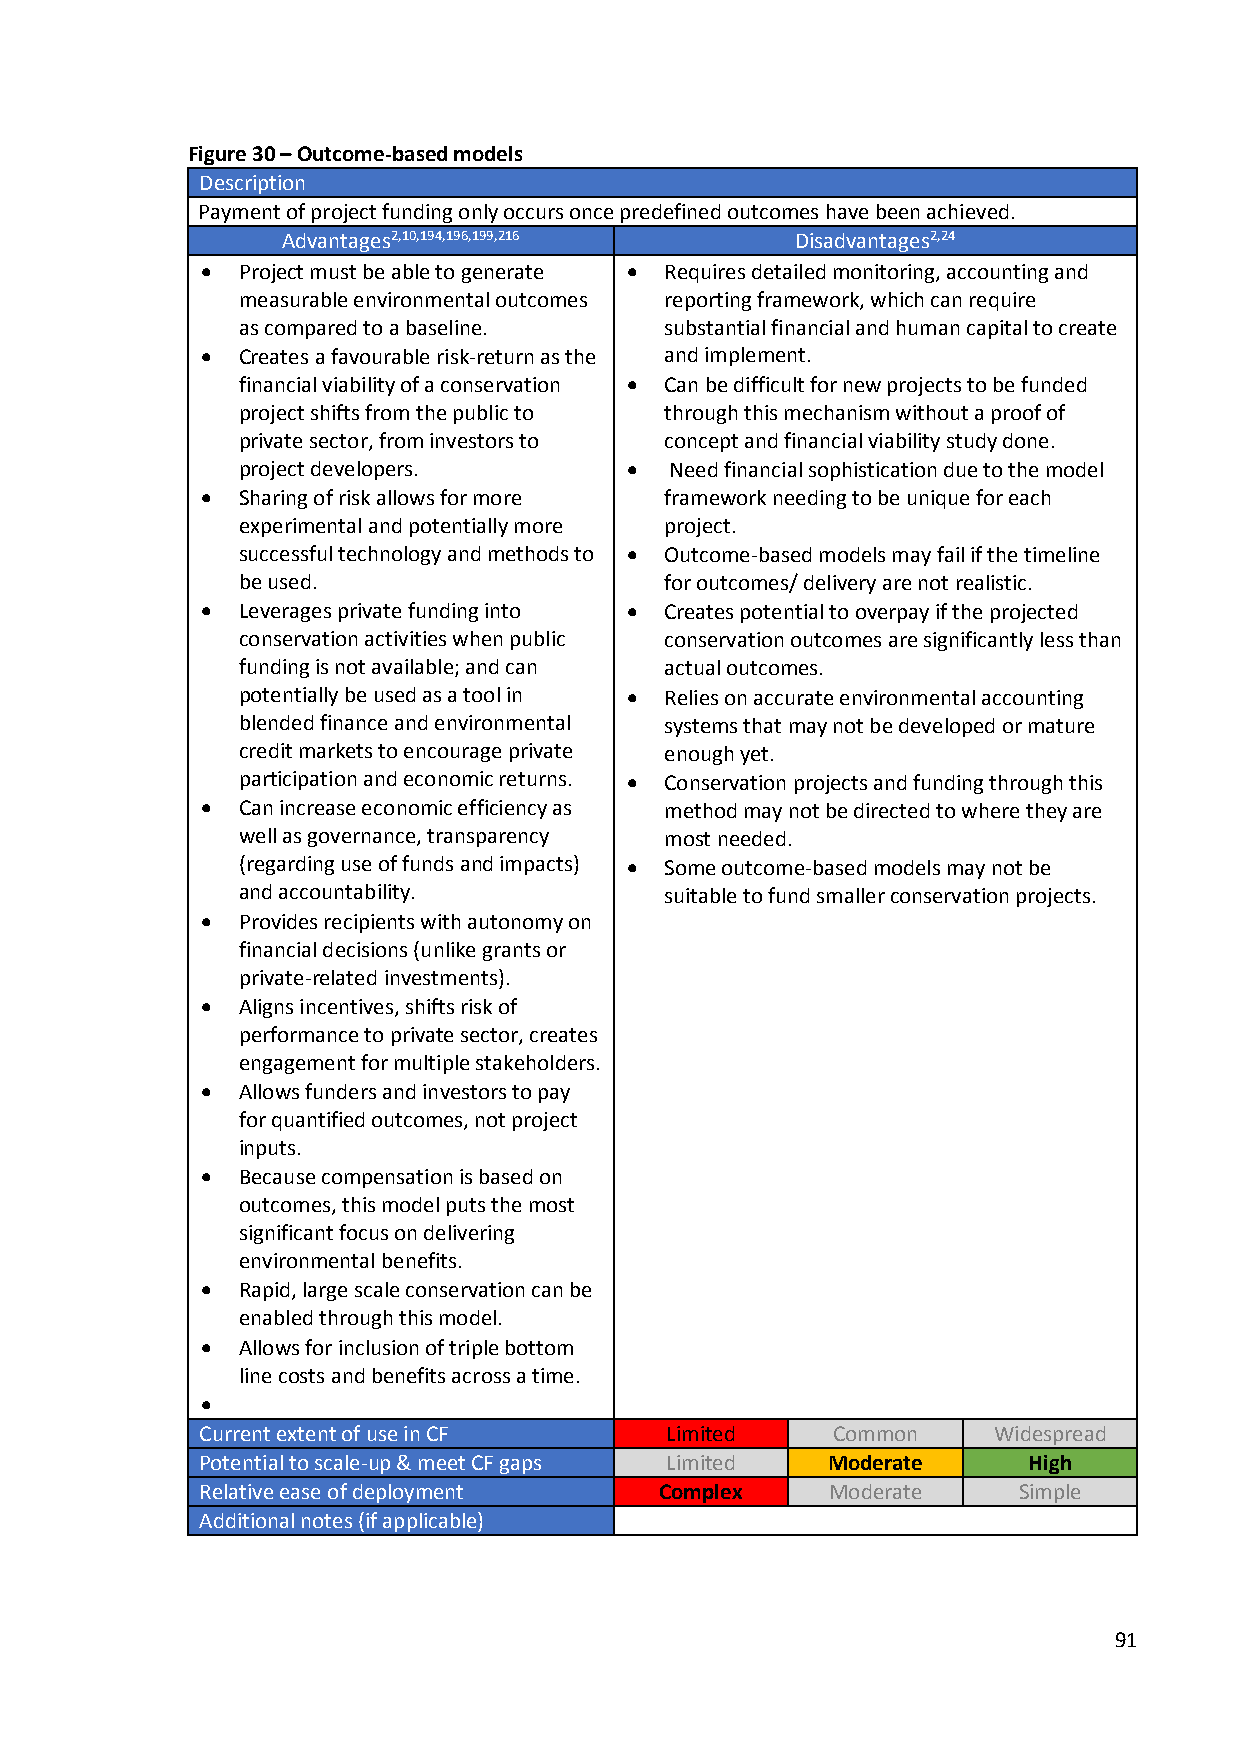
Figure 30 – Outcome-based models
 Description
 Payment of project funding only occurs once predefined outcomes have been achieved.
 Advantages2,10,194,196,199,216    Disadvantages2,24
   Project must be able to generate  Requires detailed monitoring, accounting and
 measurable environmental outcomes reporting framework, which can require
 as compared to a baseline.  substantial financial and human capital to create
   Creates a favourable risk-return as the and implement.
 financial viability of a conservation  Can be difficult for new projects to be funded
 project shifts from the public to through this mechanism without a proof of
 private sector, from investors to concept and financial viability study done.
 project developers.        Need financial sophistication due to the model
   Sharing of risk allows for more framework needing to be unique for each
 experimental and potentially more project.
 successful technology and methods to  Outcome-based models may fail if the timeline
 be used.                    for outcomes/ delivery are not realistic.
   Leverages private funding into  Creates potential to overpay if the projected
 conservation activities when public conservation outcomes are significantly less than
 funding is not available; and can actual outcomes.
 potentially be used as a tool in  Relies on accurate environmental accounting
 blended finance and environmental systems that may not be developed or mature
 credit markets to encourage private enough yet.
 participation and economic returns.  Conservation projects and funding through this
   Can increase economic efficiency as method may not be directed to where they are
 well as governance, transparency most needed.
 (regarding use of funds and impacts)  Some outcome-based models may not be
 and accountability.         suitable to fund smaller conservation projects.
   Provides recipients with autonomy on
 financial decisions (unlike grants or
 private-related investments).
   Aligns incentives, shifts risk of
 performance to private sector, creates
 engagement for multiple stakeholders.
   Allows funders and investors to pay
 for quantified outcomes, not project
 inputs.
   Because compensation is based on
 outcomes, this model puts the most
 significant focus on delivering
 environmental benefits.
   Rapid, large scale conservation can be
 enabled through this model.
   Allows for inclusion of triple bottom
 line costs and benefits across a time.
 
 Current extent of use in CF    Limited    Common     Widespread
 Potential to scale-up & meet CF gaps Limited Moderate  High
 Relative ease of deployment    Complex    Moderate    Simple
 Additional notes (if applicable)
 91